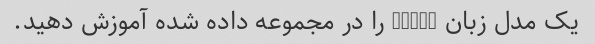
یک مدل زبان GPT-2 را در مجموعه داده شده آموزش دهید.